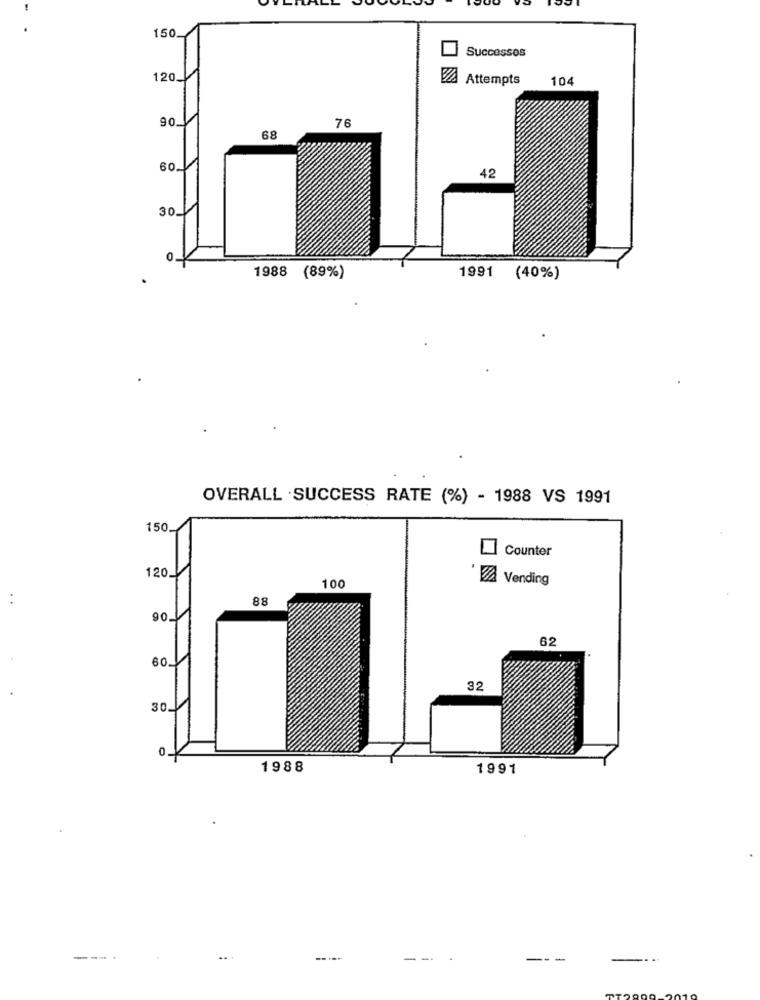
150
Successos
120.
VA Attempts
10
90
76
68
60
42
30
1988 (89%)
1991 (40%)
OVERALL SUCCESS RATE (%) - 1988 VS 1991
150
Counter
120.
VA Vending
100
..
88
90.
62
601
32
30.1
1988
1991
---
..